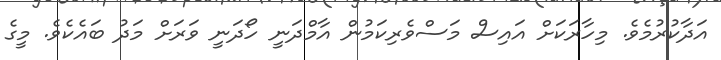
އަދާކުރުމެވެ. މިހާރަކަށް އައިސް މަސްވެރިކަމުން އާމްދަނީ ހޯދަނީ ވަރަށް މަދު ބައެކެވެ. މީގެ